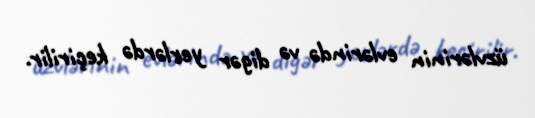
üzvlərinin evlərində və digər yerlərdə keçirilir.